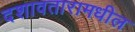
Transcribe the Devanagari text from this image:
दशावतारामधील